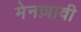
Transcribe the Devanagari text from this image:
मेनज़ावी